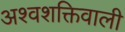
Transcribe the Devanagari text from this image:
अश्वशक्तिवाली